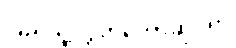
ပြည်သူ့လွှတ်တော်ဆိုင်ရာ